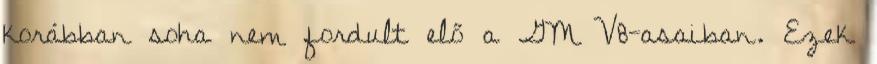
korábban soha nem fordult elő a GM V8-asaiban. Ezek